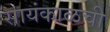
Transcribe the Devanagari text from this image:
सायंकाळची